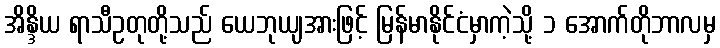
အိန္ဒိယ ရာသီဥတုတို့သည် ယေဘုယျအားဖြင့် မြန်မာနိုင်ငံမှာကဲ့သို့ ၁ အောက်တိုဘာလမှ